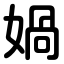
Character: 媧